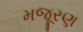
મજૂરણ